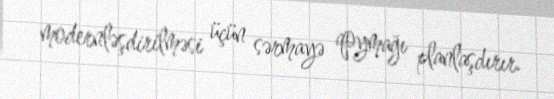
modernləşdirilməsi üçün sərmayə qoymağı planlaşdırır.